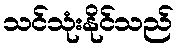
သင်သုံးနိုင်သည်